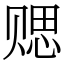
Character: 䞏